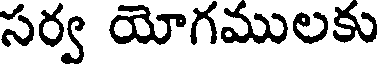
సర్వ యోగములకు